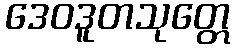
ဒေဝဒူတသုတ္တေ